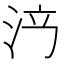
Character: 𣳍